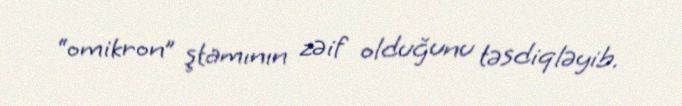
“omikron” ştamının zəif olduğunu təsdiqləyib.